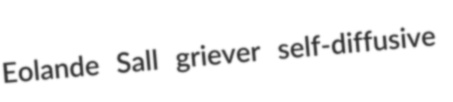
Eolande Sall griever self-diffusive